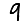
Digit: 9